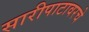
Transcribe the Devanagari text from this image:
सारीपाटावरचे